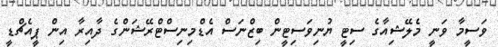
ވަސީމާ ވަނީ މެލޭޝިއާގެ ސިޓީ ޔުނިވަސިޓީން ބިޒްނަސް އެޑްމިނިސްޓްރޭޝަންގެ ދާއިރާ އިން ޕީއެޗްޑީ